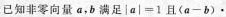
已知非零向量 a，b 满足$$| a | = 1 且 ( a - b ) \cdots